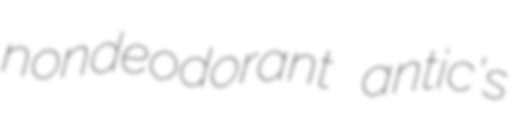
nondeodorant antic's